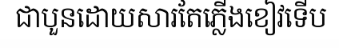
ជាបួនដោយសារតែភ្លើងខៀវទើប